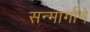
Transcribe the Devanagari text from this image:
सन्मार्गाने